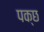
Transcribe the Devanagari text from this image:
पक्छ